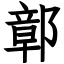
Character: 鄣